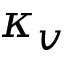
\kappa _ { v }